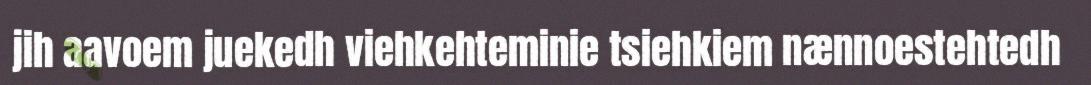
jih aavoem juekedh viehkehteminie tsiehkiem nænnoestehtedh